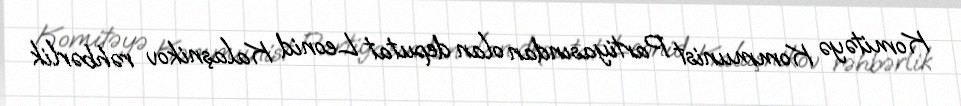
Komitəyə Kommunist Partiyasından olan deputat Leonid Kalaşnikov rəhbərlik